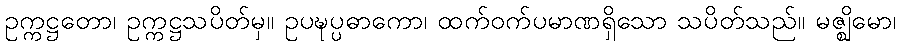
ဥက္ကဋ္ဌတော၊ ဥက္ကဋ္ဌသပိတ်မှ။ ဥပဍ္ဎပ္ပဓာကော၊ ထက်ဝက်ပမာဏရှိသော သပိတ်သည်။ မဇ္ဈိမော၊